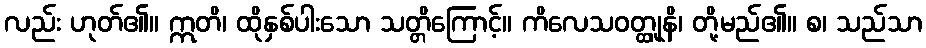
လည်း ဟုတ်၏။ ဣတိ၊ ထိုနှစ်ပါးသော သတ္တိကြောင့်။ ကိလေသဝတ္ထုူနိ၊ တို့မည်၏။ စ၊ သည်သာ